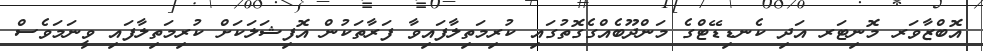
އޮބްޒާވަރ މޮނިޓަރ އަދި ކެނޑިޑޭޓްގެ މަންދޫބެއްގެގޮތުގައި ކުރިމަތިލާފައިވާ ފަރާތަކުން އޮފިޝަލަކަށް ކުރިމަތިލާފައި ވީނަމަވެސް